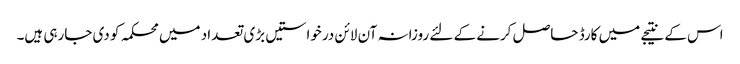
اس کے نتیجے میں کارڈ حاصل کرنے کے لئے روزانہ آن لائن درخواستیں بڑی تعداد میں محکمہ کو دی جارہی ہیں۔